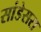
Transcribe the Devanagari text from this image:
सांडेसरा